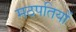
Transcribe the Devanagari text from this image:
मठपतियों